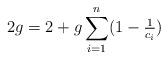
LaTeX: \begin{align*}2g=2+g\sum_{i=1}^n \textstyle(1-\frac{1}{c_i})\end{align*}